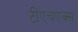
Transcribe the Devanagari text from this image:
टीएचएक्स